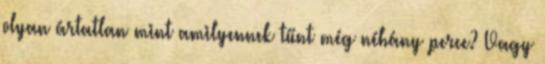
olyan ártatlan mint amilyennek tűnt még néhány perce? Vagy